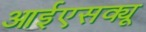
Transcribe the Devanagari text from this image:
आईएसक्यू